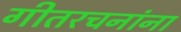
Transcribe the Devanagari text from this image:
गीतरचनांना